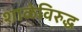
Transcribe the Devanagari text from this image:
शाळेविरुद्ध